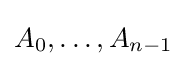
A_{0},\dots ,A_{n-1}